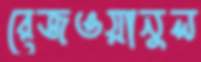
রেজওয়ানুল